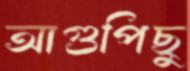
আগুপিছু